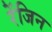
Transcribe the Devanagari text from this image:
रेंजिन